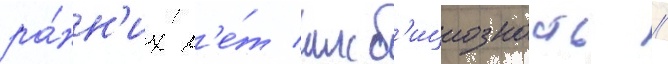
ра́нн'их л'е́т амб'ициозность //